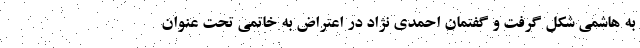
به هاشمی شکل گرفت و گفتمان احمدی نژاد در اعتراض به خاتمی تحت عنوان